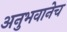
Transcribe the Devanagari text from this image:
अनुभवानेच